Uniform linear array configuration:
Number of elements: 4
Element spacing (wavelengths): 0.75
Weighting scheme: hamming
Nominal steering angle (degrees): -15
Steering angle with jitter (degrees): -14.616
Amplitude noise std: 0.05
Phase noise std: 0.05

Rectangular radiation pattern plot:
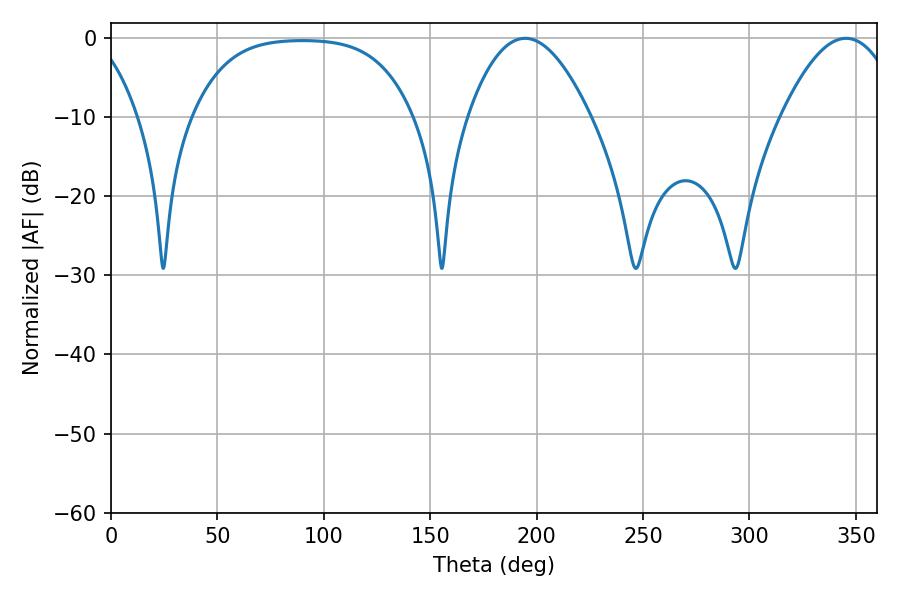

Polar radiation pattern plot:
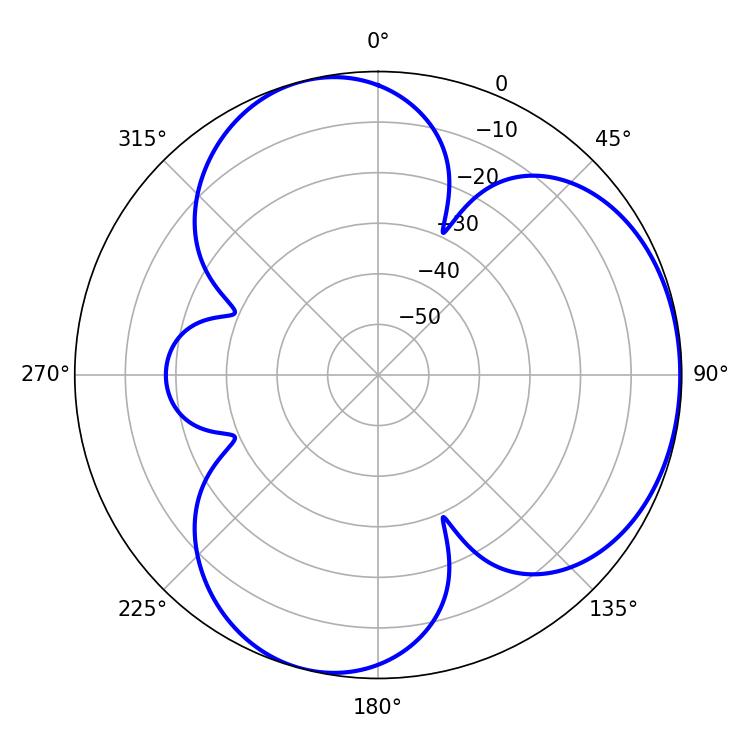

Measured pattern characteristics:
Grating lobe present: TRUE
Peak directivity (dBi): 4.29
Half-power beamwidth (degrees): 31.5
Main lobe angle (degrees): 194.58